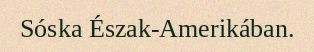
Sóska Észak-Amerikában.